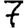
Digit: 7